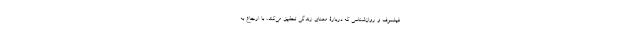
فیلسوف و روان‌شناسی که دربارۀ معنای زندگی تحقیق می‌کند، با ارجاع به